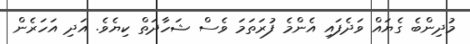
މުދިންބެ ގެޔައް ވަދެފައި އެންމެ ފުރަތަމަ ވެސް ޝަހާދަތް ކިޔެވެ. އަދި އަހަރެން